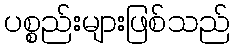
ပစ္စည်းများဖြစ်သည်